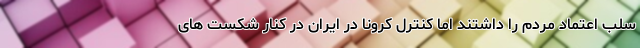
سلب اعتماد مردم را داشتند اما کنترل کرونا در ایران در کنار شکست های